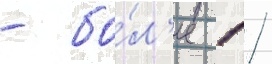
- бо́л'ее 1 /